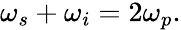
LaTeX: \begin{array}{r}{\omega_{s}+\omega_{i}=2\omega_{p}.}\end{array}